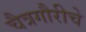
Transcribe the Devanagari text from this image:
चैत्रगौरीचे